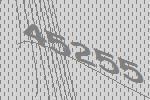
45255